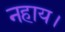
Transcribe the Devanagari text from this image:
नहाय।